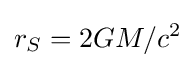
r_{S}=2GM/c^{2}